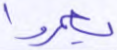
يعمروا